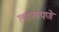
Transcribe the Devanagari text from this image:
लख्खपणे